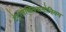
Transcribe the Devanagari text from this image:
टेट्रामेथिलअमोनियम